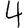
Digit: 4